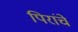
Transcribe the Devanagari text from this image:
पिरांचे